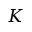
K